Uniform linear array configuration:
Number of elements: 4
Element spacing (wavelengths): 0.5
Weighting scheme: blackman
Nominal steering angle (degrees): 60
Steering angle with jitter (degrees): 59.391
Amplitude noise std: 0.05
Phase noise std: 0.05

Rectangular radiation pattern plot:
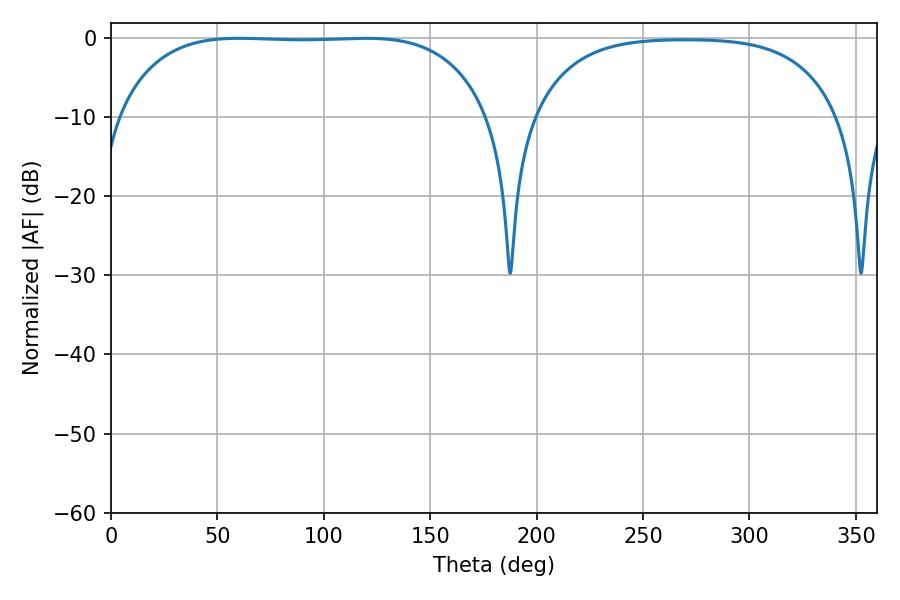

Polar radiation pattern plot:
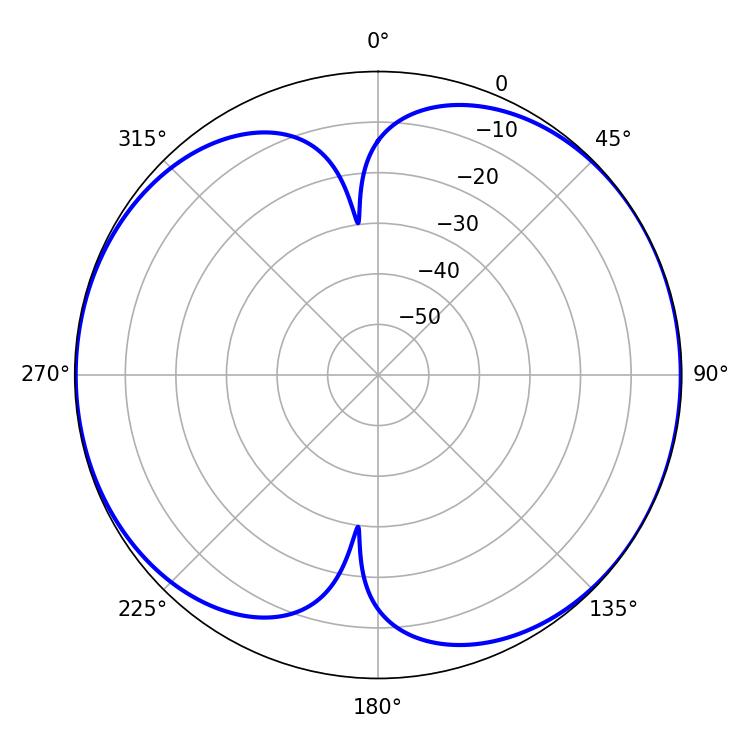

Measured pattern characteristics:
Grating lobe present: FALSE
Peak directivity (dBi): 7.462
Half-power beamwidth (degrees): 136.8
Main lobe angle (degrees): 60.3